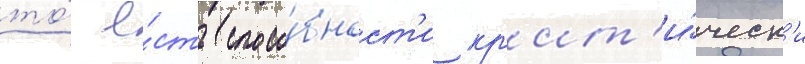
то́ е́сть спосо́бност'и кр'ит'и́ческ'и